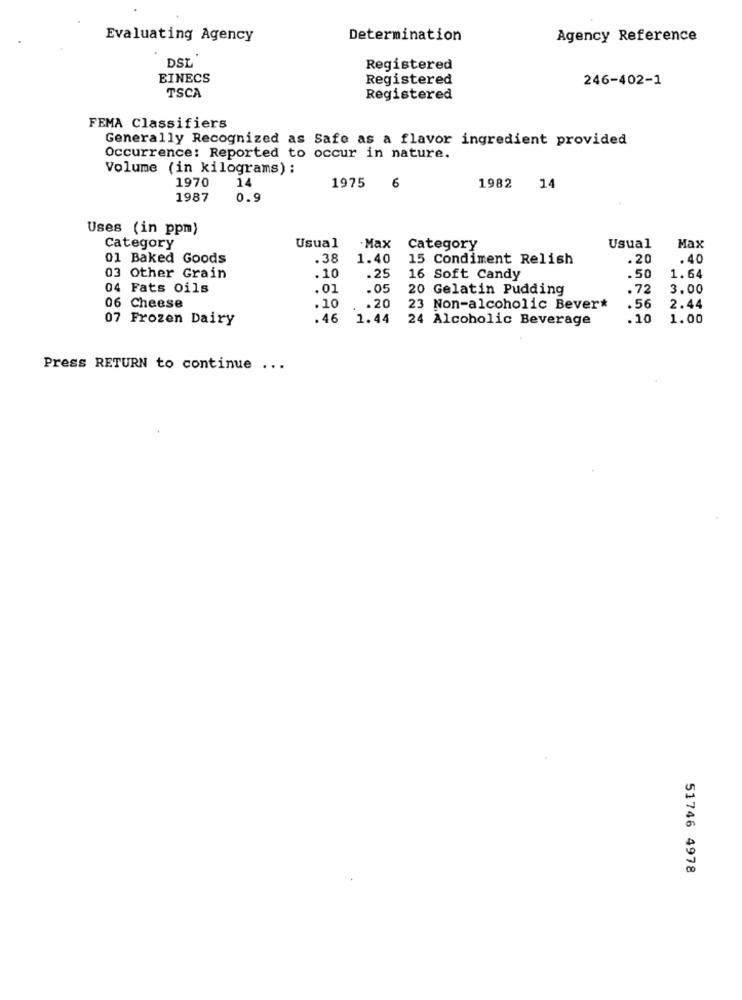
Evaluating Agency
Determination
Agency Reference
DSL
Registered
EINECS
Registered
246-402-1
TSCA
Registered
FEMA Classifiers
Generally Recognized as Safe as a flavor ingredient provided
Occurrence: Reported to occur in nature.
Volume (in kilograms) ;
1970
14
1975
1982
14
6
1987
0.9
Uses (in ppm)
Category
Usual
. Max
Category
Usual
Max
01 Baked Goods
.38
1.40
15 Condiment Relish
.20
.40
03 Other Grain
.10
.25
16 Soft Candy
.50
1.64
04 Fats Oils
.01
.05
20 Gelatin Pudding
.72
3.00
06 Cheese
.10
.20
23 Non-alcoholic Bever*
.56
2.44
07 Frozen Dairy
.46
1.44
24 Alcoholic Beverage
.10
1.00
Press RETURN to continue ...
51746 4978